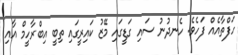
ހަފްތާއެއް ފަހެވެ. ހެނދުނު ސައި ގަޑީގައި މޭޒު ކައިރީގައި ތިބީ އިބްރާހީމް އާއި